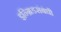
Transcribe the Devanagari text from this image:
इन्ग्रिडसंबंधी